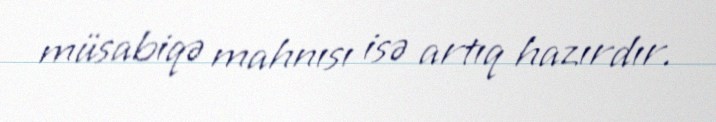
müsabiqə mahnısı isə artıq hazırdır.